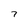
Character: 7